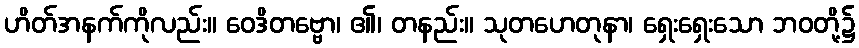
ဟိတ်အနက်ကိုလည်း။ ဝေဒိတဗ္ဗော၊ ၏၊ တနည်း။ သုတဟေတုနာ၊ ရှေးရှေးသော ဘဝတို့၌